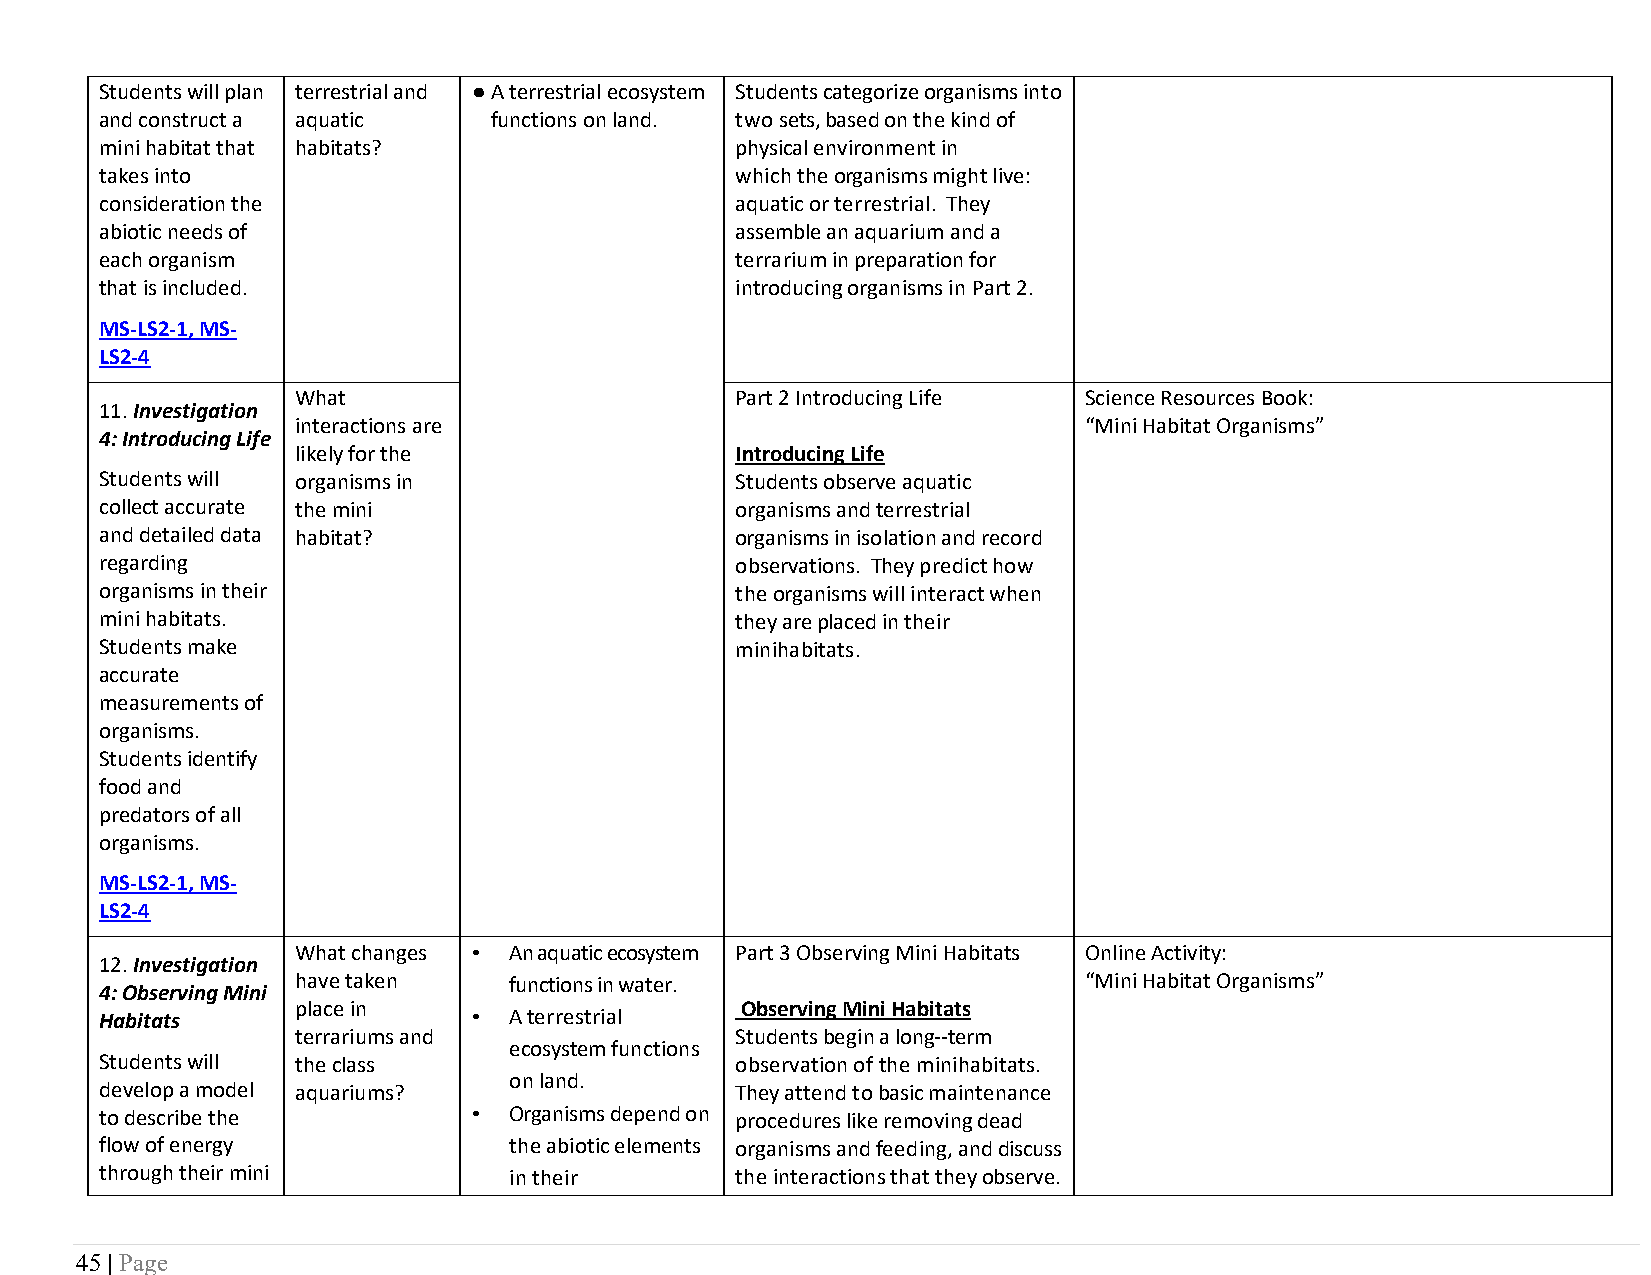
Students will plan terrestrial and ● A terrestrial ecosystem Students categorize organisms into
 and construct a aquatic  functions on land. two sets, based on the kind of
 mini habitat that habitats?               physical environment in
 takes into                                which the organisms might live:
 consideration the                         aquatic or terrestrial. They
 abiotic needs of                          assemble an aquarium and a
 each organism                             terrarium in preparation for
 that is included.                         introducing organisms in Part 2.
 MS-LS2-1, MS-
 LS2-4
 What                         Part 2 Introducing Life Science Resources Book:
 11. Investigation
 interactions are                                    “Mini Habitat Organisms”
 4: Introducing Life
 likely for the               Introducing Life
 Students will organisms in                Students observe aquatic
 collect accurate the mini                 organisms and terrestrial
 and detailed data habitat?                organisms in isolation and record
 regarding                                 observations. They predict how
 organisms in their                        the organisms will interact when
 mini habitats.                            they are placed in their
 Students make                             minihabitats.
 accurate
 measurements of
 organisms.
 Students identify
 food and
 predators of all
 organisms.
 MS-LS2-1, MS-
 LS2-4
 What changes • An aquatic ecosystem Part 3 Observing Mini Habitats Online Activity:
 12. Investigation
 have taken    functions in water.                   “Mini Habitat Organisms”
 4: Observing Mini
 place in                     Observing Mini Habitats
 Habitats                •  A terrestrial
 terrariums and               Students begin a long--term
 ecosystem functions
 Students will the class                   observation of the minihabitats.
 on land.
 develop a model aquariums?                They attend to basic maintenance
 to describe the         •  Organisms depend on procedures like removing dead
 flow of energy             the abiotic elements organisms and feeding, and discuss
 through their mini         in their       the interactions that they observe.
 45 | Page